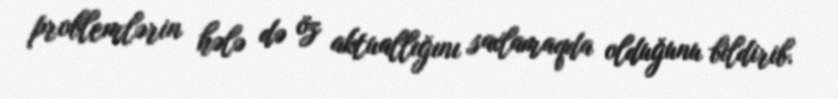
problemlərin hələ də öz aktuallığını saxlamaqda olduğunu bildirib.